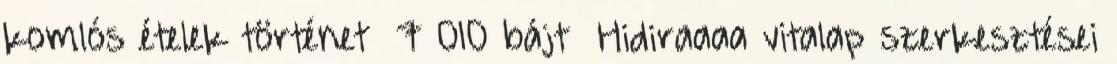
komlós ételek történet ‎ 7 010 bájt ‎Hidiraaaa vitalap szerkesztései